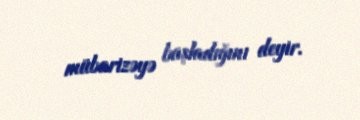
mübarizəyə başladığını deyir.